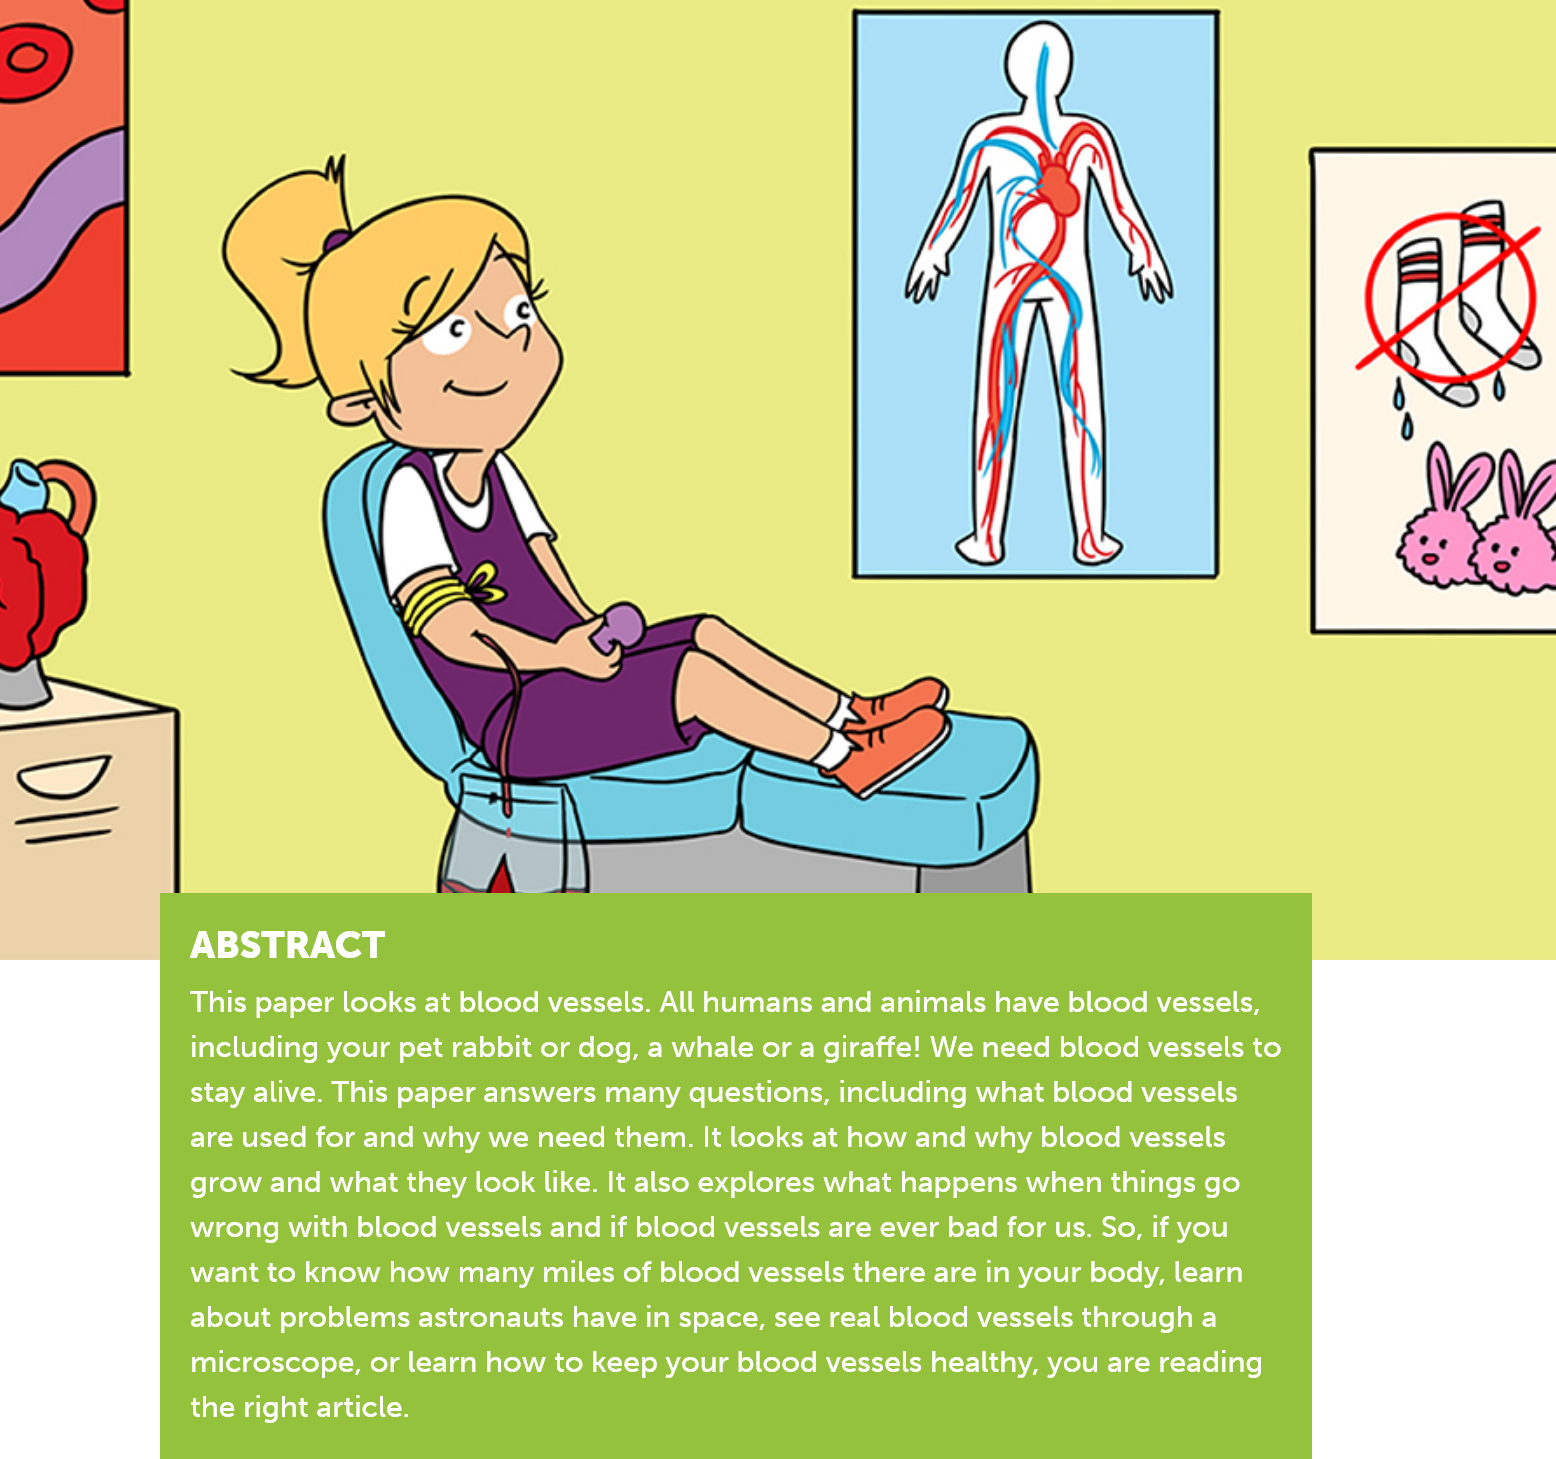
ABSTRACT
     This paper looks at blood vessels. All humans and animals have blood vessels,
     including your pet rabbit or dog, a whale or a giraffe! We need blood vessels to
     stay alive. This paper answers many questions, including what blood vessels
     are used for and why we need them. It looks at how and why blood vessels
     grow and what they look like. It also explores what happens when things go
     wrong with blood vessels and if blood vessels are ever bad for us. So, if you
     want to know how many miles of blood vessels there are in your body, learn
     about problems astronauts have in space, see real blood vessels through a
     microscope, or learn how to keep your blood vessels healthy, you are reading
     the right article.